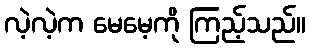
လဲ့လဲ့က မေမေ့ကို ကြည့်သည်။